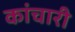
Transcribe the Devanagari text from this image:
कांचारी